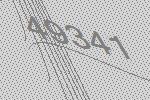
49341